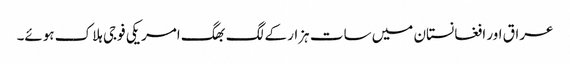
عراق اور افغانستان میں سات ہزار کے لگ بھگ امریکی فوجی ہلاک ہوئے۔